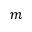
m